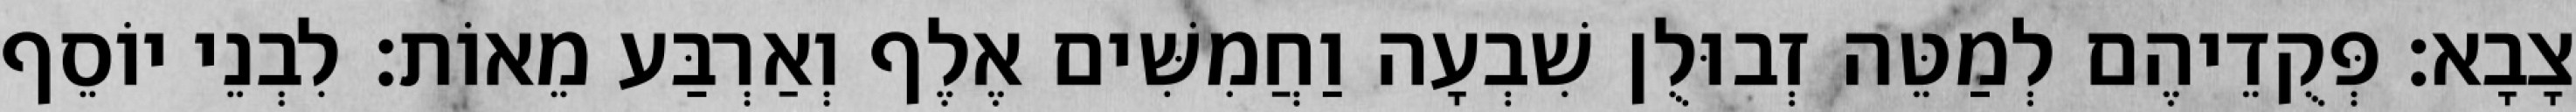
צָבָא׃ פְּקֻדֵיהֶם לְמַטֵּה זְבוּלֻן שִׁבְעָה וַחֲמִשִּׁים אֶלֶף וְאַרְבַּע מֵאוֹת׃ לִבְנֵי יוֹסֵף